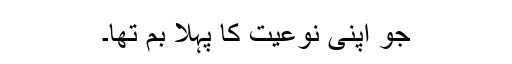
جو اپنی نوعیت کا پہلا بم تھا۔